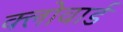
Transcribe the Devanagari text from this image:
क्लोवार्ड